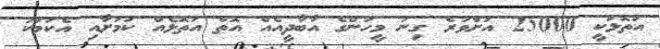
އަތޮޅަކީ 25000 އަށްވުރެ ގިނަ މީހުންގެ އާބާދީއެއް އޮތް އަތޮޅެއް ކަމަށާއި އެކަމަކު